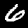
Digit: 6